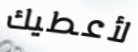
لأعطيك